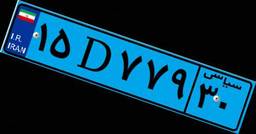
۷۷D۱۶۶۶۰